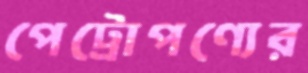
পেট্রোপণ্যের